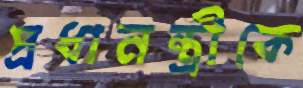
প্রধানন্ত্রীকে